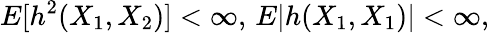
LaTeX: E[h^{2}(X_{1},X_{2})]<\infty,\, E|h(X_{1},X_{1})|<\infty,